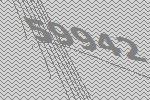
59942